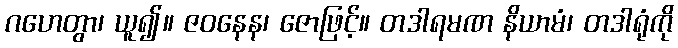
ဂဟေတွာ၊ ယူ၍။ ဇဝနေန၊ ဇောဖြင့်။ တဒါရမဏ နိယာမံ၊ တဒါရုံကို